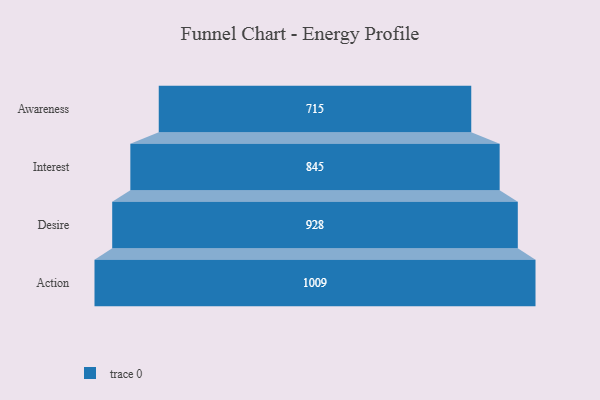
{"axis": {"x": "Stage", "y": "Value"}, "legend": [""], "data": [{"x": "Awareness", "y": 715.0, "type": ""}, {"x": "Interest", "y": 845.0, "type": ""}, {"x": "Desire", "y": 928.0, "type": ""}, {"x": "Action", "y": 1009.0, "type": ""}]}